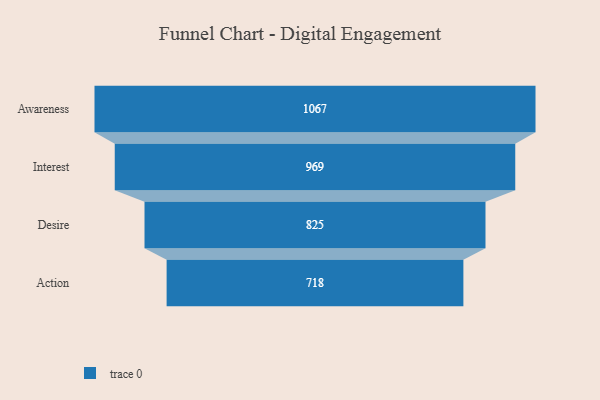
{"axis": {"x": "Stage", "y": "Value"}, "legend": [""], "data": [{"x": "Awareness", "y": 1067.0, "type": ""}, {"x": "Interest", "y": 969.0, "type": ""}, {"x": "Desire", "y": 825.0, "type": ""}, {"x": "Action", "y": 718.0, "type": ""}]}